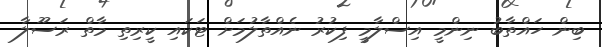
ބިން ހައްތާބު ނިންމީ އިސްލާމީ ފިކުރު ނެއްތާލުމަށް ޓަކައި ކީރިތި މާތް ރަސޫލާ